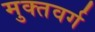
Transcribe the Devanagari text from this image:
मुक्तवर्ग